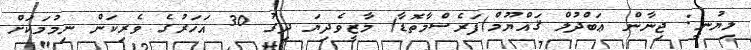
ލިޔުނީ: ޖިނާން ޢަބްދުލް ޤައްޔޫމް(ފަރެސްމާތޮޑާ) މާޒީވެދިޔަ ދިގު 30 އަހަރުގެ ވެރިކަން ނިމުމަކަށް